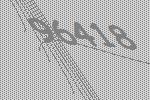
96418